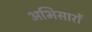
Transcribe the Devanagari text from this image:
अभिसारों